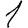
Digit: 1